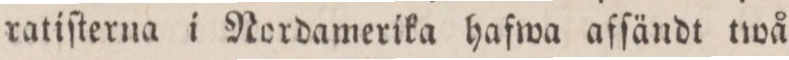
ratiſterna i Nordamerika hafwa afſändt twå